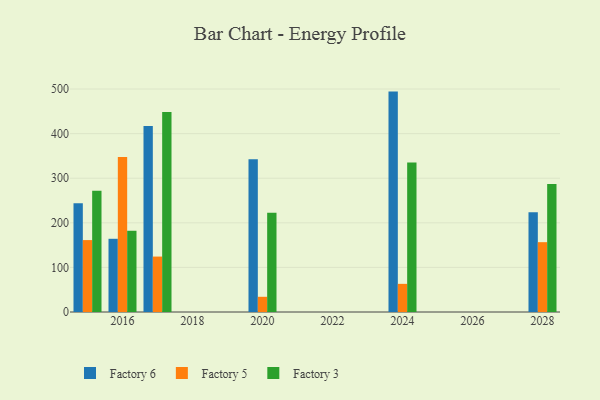
{"axis": {"x": "Year", "y": "Market Share (%)"}, "legend": ["Factory 3", "Factory 5", "Factory 6"], "data": [{"x": "2016", "y": 164.2, "type": "Factory 6"}, {"x": "2016", "y": 347.6, "type": "Factory 5"}, {"x": "2016", "y": 182.2, "type": "Factory 3"}, {"x": "2028", "y": 223.8, "type": "Factory 6"}, {"x": "2028", "y": 156.6, "type": "Factory 5"}, {"x": "2028", "y": 287.1, "type": "Factory 3"}, {"x": "2017", "y": 416.9, "type": "Factory 6"}, {"x": "2017", "y": 124.3, "type": "Factory 5"}, {"x": "2017", "y": 448.5, "type": "Factory 3"}, {"x": "2020", "y": 342.8, "type": "Factory 6"}, {"x": "2020", "y": 34.1, "type": "Factory 5"}, {"x": "2020", "y": 222.5, "type": "Factory 3"}, {"x": "2015", "y": 244.0, "type": "Factory 6"}, {"x": "2015", "y": 161.3, "type": "Factory 5"}, {"x": "2015", "y": 271.9, "type": "Factory 3"}, {"x": "2024", "y": 494.3, "type": "Factory 6"}, {"x": "2024", "y": 63.1, "type": "Factory 5"}, {"x": "2024", "y": 335.2, "type": "Factory 3"}]}